Vital statistics of India. Vol. VI, European troops 1870-79
Year: 1870
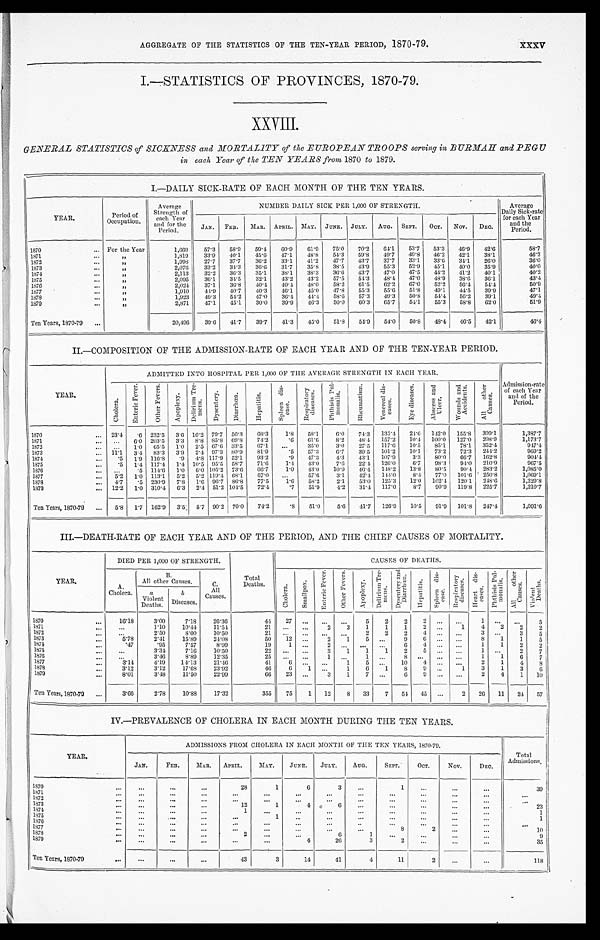
AGGREGATE OF THE STATISTICS OF THE TEN-YEAR PERIOD, 1870-79.
XXXV
I.—STATISTICS OF PROVINCES, 1870-79.
XXVIII.
GENERAL STATISTICS of SICKNESS and MORTALITY of the EUROPEAN TROOPS serving in BURMAH and PEGU
in each, Year of the TEN YEARS from 1870 to 1879.
I—DAILY SICK-RATE OF EACH MONTH OF THE TEN YEARS.
YEAR.
Period of
Occupation .
Average
Strength of
each Year
and for the
Period.
NUMBER DAILY SICK PER 1,000 OF STRENGTH.
Average
Daily Sick-rate
for each Year
and the
Period.
JAN.
FEB.
M A R . APRIL. MAY.
JUNE.
JULY.
AUG.
SEPT.
OCT.
Nov.
DEC.
1870 . . .
For the Year
1,669
57.3
58.9
59.4
60.9
61.9
75.0
70.2
6 4 . 1
53.7
53.3
46.9
42.6
58.7
1871 . . .
„
1,819
33.9
40.1
45.6
47.1
48.8
54.3
59.8
49.7
49.8
46.2
42.1
38.1
4 6 . 2
1879 . . .
„
1,998
27.7
37.7
36.9
33.1
41.2
47.7
. 4 3
37.7
33.1
33.6
34.1
26.0
36.0
35.8
38.5
43.9
55.3
52.9
45.1
40.0
35.9
40.0
31.7
1873 . . .
„
2,076
33.2
34.3
36.6
32.2
36.3
35.1
38.1
38.3
36.6
43.7
4 7 . 0
4 7 . 5
4 4 . 2
41.2
40.1
40.2
1874 . . .
„
2,113
47.0
48.9
38.6
36.1
43.4
1875 . . .
„
2,095
36.1
34.5
32.1
43.2
43.2
57.5
54.3
48.4
1876 . . .
„
2,024
37.1
36.8
40.4
40.4
48.0
58.2
61.5
62.2
67.0
52.2
56.4
54.4
50.9
55.6
47.1
1877 . . .
„
1,910
44.9
40.7
40.3
46.1
45.0
47.8
55.3
51.8
49.1
44.5
39.9
49.4
1878 . . .
,,
1,923
49.3
54.2
47.0
36.4
44.4
58.6
57.3
49.3
50.8
54.4
56.2
39.1
51.9
1879 . . .
„
2,871
47.1
45.1
30.0
39.9
46.3
50.0
60.3
65.7
54.1
55.3
58.8
62.0
39.7
41.3
45.0
51.8
54.9
54.0
50.8
48.4
46.5
42.1
46.4
Ten Years, 1870-79 . . .
20,496
39.6
41.7
II—COMPOSITION OF THE ADMISSION-RATE OF EACH YEAR AND OF THE TEN-YEAR PERIOD.
YEAR.
ADMITTED INTO HOSPITAL PER 1,000 OF THE AVERAGE STRENGTH IN EACH YEAR.
Chol er a.
En t e r i c Fe v e r .
Ot h e r Fe v e r .
Ap o p l e x y .
D e l i r i u m T r e - me n s .
Dy s e n t e r y .
Di a r r h œa .
He p a t i t i s .
S p l e e n d i s - e a s e .
Res pi r at or y di s eas es .
P h t h i s i s P u l - m o n a l i s .
R h e u m a t i s m .
V e n e r e a l d i s - e a s e s .
E y e d i s e a s e s .
A b s c e s s a n d U l c e r .
Wounds a nd Ac c i de nt s .
A l l o t h e r C a u s e s .
Admission-rate
of each Year
and of the
Period.
1870. . .
23.4
. 6 232.5
3.6 16.2 79.7
56.3
6 8 . 3
1.8
58.1
6.0
74.3
135.4
24.6
142.0
155.8
309.1
1,387.7
1871 . . .
. . .
6.0
203.5
3.3
8.8 85.8 69.8
74.2
. 6
61.6
8.2
48.4
157.2
10.4
100.0
127.0
208.9
1,173.7
1872 . . .
. . .
1.0
65.5
1 . 0
2.5 67.6 33.5
67.1
. . .
35.0
3.0
27.5
117.6
10.5
85.1
78.1
352.4
947.4
1873 . . .
11.1
3 . 4 83.3
3.9
2.4 97.3
80.9
81.9
.5
57.3
6.7
39.5
101.2
10.1
73.2
72.3
244.2
969.2
1874 . . .
.5
1.9
116.8
.9
4.8 117.9
52.1
93.2
.9
47.3
4.3
4 3 . 1
107.9
3.3
80.0
66.7
162.8
904.4.
1875 . . .
.5
1.4 117.4
1.4 10.5 95.5
58.7
71.6
1.4
43.0
7.6
22.4
126.0
6.7
98.3
94.0
210.9
9 6 7 . 5
283.2
1,085.0
1876 . . .
. . .
.5
114.6
1.0
6.0 105.3 73.6
66.7
1.0
43.0
1 0 . 9
46.4
148.2
13.8
80.5
9 0 . 4
1877 . . .
5.2
1.0
113.1
5.2
5.2 119.4 68.1
67.0
. . .
57.6
3.1
42.4
144.0
8.4
77.0
101.6
250.8
1,069.1
1878 . . .
4 . 7
.5 230.9
7.8
1.6
9 6 . 7 86.8
77.5
1.6
58.2
2.1
53.0
125.3
12.0
102.4
120.1
248.6
1,229.8
1879 . . .
12.2
1.0
310.4
6.3
2.4 51.2 104.5
72.4
.7
51.9
4.2
31.4
117.0
8.7
90.9
119.8
225.7
1,210.7
Ten Years, 1870-79 . . .
5.8
1.7
162.9
3.5
5.7 90.2 70.0
74.2
.8
51.0
5.6
41.7
126.9
10.5
91.9
101.8
247.4
1,091.6
III.—DEATH-RATE OF EACH YEAR AND OF THE PERIOD, AND THE CHIEF CAUSES OF MORTALITY.
YEAR.
DIED PER 1,000 OF STRENGTH.
CAUSES OF DEATHS.
A
Cholera.
B.
All other Causes
C.
All
Causes.
Total
Deaths.
Chol er a.
Smal l pox.
En t e r i c F e v e r .
O t h e r F e v e r s .
Apopl exy.
D e l i r i u m T r e - me n s .
Dy s e n t e r y a n d Di a r r h œa .
He p a t i t i s .
S p l e e n d i s - e a s e .
Res pi r at or y di s eas es .
Heart di s-eases.
P h t h i s i s P u l - m o n a l i s .
A l l o t h e r C a u s e s . V i o l e n t D e a t h s .
a
Violent
Deaths.
b
Diseases. '
1870 . . .
16.18
3.00
7.18
26.36
4 4
27
. . .
. . .
. . .
5
2
2
2
. . .
. . .
1
. . .
. . .
5
1871 . . .
. . .
1.10
10.44
11.54
21
. . .
. . .
2
3
1
1
1
2
. . .
1
4
2
2
2
1872 . . .
. . .
2.50
8.00
10.50
21
. . .
. . .
. . .
. . .
2
2
2
4
. . .
. . .
3
. . .
3
5
1873 . . .
5.78
2.41
15.89
24.08
50
.12
. . .
2
1
5
. . .
9
6
. . .
. . .
8
1
1
5
1871. . .
.47
.95
7.57
8.99
19
1
. . .
2
. . .
. . .
. . .
6
4
. . .
. . .
1
1
2
2
1875. . .
. . .
3.34
7.16
10.50
2 2
. . .
. . .
2
1
1
1
2
5
. . .
. . .
1
. . .
2
7
1876. . .
. . .
3.46
8.89
12.35
25
. . .
. . .
1
. . .
1
. . .
8
. . .
. . .
. . .
1
1
6
7
1877 . . .
3 . 1 4
4.19
14.13
21.46
41
6
. . .
. . .
1
5
. . .
10
4
. . .
. . .
2
1
4
8
1878 . . .
3.12
3.12
17.68
23.92
46
6
1
. . .
1
6
1
8
9
. . .
1
3
1
3
6
1879 . . .
8.01
3.48
11.50
22.99
66
23
. . .
3
1
7
. . .
6
9
. . .
. . .
2
4
1
10
Ten Years, 1870-79 . . .
3.66
2.78
10.88
17.32
355
75
1
12
8
33
7
51
45
. . .
2
26
11
24
57
IV.—PREVALENCE OF CHOLERA IN EACH MONTH DURING THE TEN YEARS.
YEAR.
ADMISSIONS FROM CHOLERA IN EACH MONTH OF THE TEN YEARS, 1870-79.
Total
Admissions.
JAN.
FEB.
MAR.
APRIL.
MAY.
JUNE.
JULY.
AUG.
SEPT.
OCT.
Nov.
DEC.
1870 . . .
. . .
. . .
. . .
28
1
6
3
. . .
1
. . .
. . .
. . .
39
1871 . . .
. . .
. . .
. . .
. . .
. . .
. . .
. . .
. . .
. . . . . .
. . .
. . .
. . .
18731872 . . .
. . .
. . .
. . .
. . .
. . .
. . .
. . .
. . .
. . .
. . .
. . .
. . .
. . .
1873 . . .
. . .
. . .
. . .
12
1
4
6
. . .
. . .
. . .
. . .
. . .
23
1874. . .
. . .
. . .
. . .
1
. . .
. . .
. . .
. . .
. . .
. . .
. . .
. . .
1
1875. . .
. . .
. . .
. . .
. . .
1
. . .
. . .
. . .
. . .
. . .
. . .
. . .
1
1876 . . .
. . .
. . .
. . .
. . .
. . .
. . .
. . .
. . .
. . .
. . .
. . .
. . .
. . .
1877 . . .
. . .
. . .
. . .
. . .
. . .
. . .
. . .
. . .
8
2
. . .
. . .
10
1878. . .
. . .
. . .
. . .
2
. . .
. . .
6
. . .
. . .
. . .
. . .
. . .
9
1879. . .
. . .
. . .
. . .
. . .
. . .
4
26
. . .
2
. . .
. . .
. . .
35
Ten Years, 1870-79 . . .
. . .
. . .
. . .
43
3
14
41
4
11
2
. . .
. . .
118